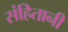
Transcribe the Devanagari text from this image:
संहितानी